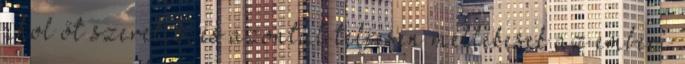
ahol őt szeretik, és azontúl teljesen mellékesek az emberi